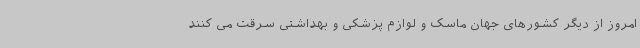
امروز از دیگر کشورهای جهان ماسک و لوازم پزشکی و بهداشتی سرقت می کنند